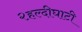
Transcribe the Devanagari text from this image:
२हल्दीघाटी